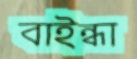
বাইন্ধা